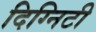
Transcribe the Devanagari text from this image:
दिग्निटी